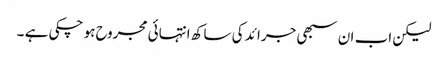
لیکن اب ان سبھی جرائد کی ساکھ انتہائی مجروح ہو چکی ہے ۔